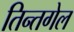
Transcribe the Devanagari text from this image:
तिन्तगेल